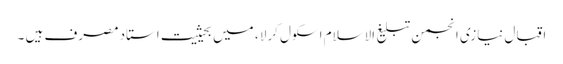
اقبال نیازی انجمن تبلیغ الاسلام اسکول کرلا ، میں بحیثیت استاد مصرف ہیں ۔